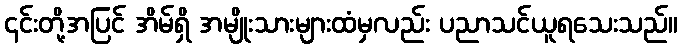
၎င်းတို့အပြင် အိမ်ရှိ အမျိုးသားများထံမှလည်း ပညာသင်ယူရသေးသည်။